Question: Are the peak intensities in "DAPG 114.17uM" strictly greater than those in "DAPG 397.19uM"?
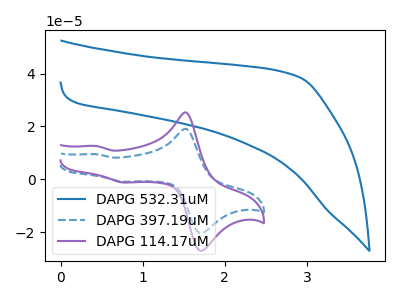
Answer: <think>The blue curve "DAPG 532.31uM" has no peaks. The blue dashed curve "DAPG 397.19uM" has anodic peaks at (1.55V, 19.00uA) (0.45V, 9.50uA) and cathodic peaks at (1.75V, -20.20uA) (0.75V, -0.95uA). The purple curve "DAPG 114.17uM" has anodic peaks at (1.55V, 25.20uA) (0.45V, 12.55uA) and cathodic peaks at (1.75V, -26.75uA) (0.75V, -1.25uA).</think>
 <answer>Every peak in "DAPG 114.17uM" is higher than every peak in "DAPG 397.19uM".</answer>
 <eval>higher</eval>